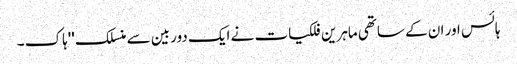
ہائس اور ان کے ساتھی ماہرین فلکیات نے ایک دوربین سے منسلک ''ہاک ۔